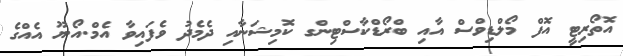
އޮތޯރިޓީ އޮފް މޯލްޑިވްސް އާއި ބްރޯޑްކާސްޓިންގ ކޮމިޝަނާއި ދެމެދު ވެފައިވާ އެމް.އޯ.ޔޫ އެއްގެ